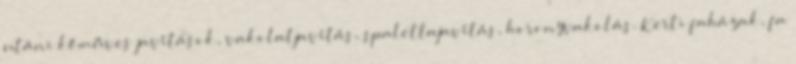
utáni kőműves javítások, vakolatjavítás, spalettajavítás, horonyvakolás. Kerti faházak, fa